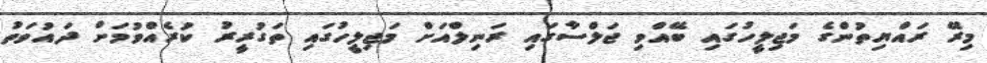
މިރޭ ރައްޔިތުންގެ މަޖިލީހުގައި ބޭއްވި ޖަލްސާގައި ރަނިލްއަށް މަޖިލީހުގައި ތަގުރީރު ކުރެއްވުމަށް ދައުވަތު